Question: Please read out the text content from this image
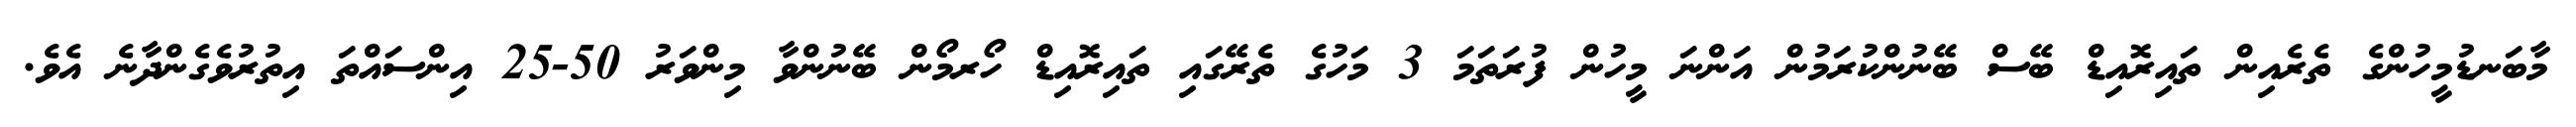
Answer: މާބަނޑުމީހުންގެ ތެރެއިން ތައިރޮއިޑް ބޭސް ބޭނުންކުރަމުން އަންނަ މީހުން ފުރަތަމަ 3 މަހުގެ ތެރޭގައި ތައިރޮއިޑް ހޯރމޯން ބޭނުންވާ މިންވަރު 50-25 އިންސައްތަ އިތުރުވެގެންދާނެ އެވެ.